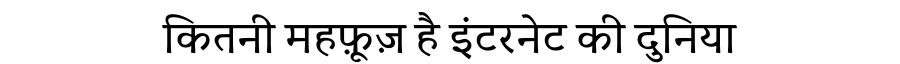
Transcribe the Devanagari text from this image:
कितनी महफ़ूज़ है इंटरनेट की दुनिया